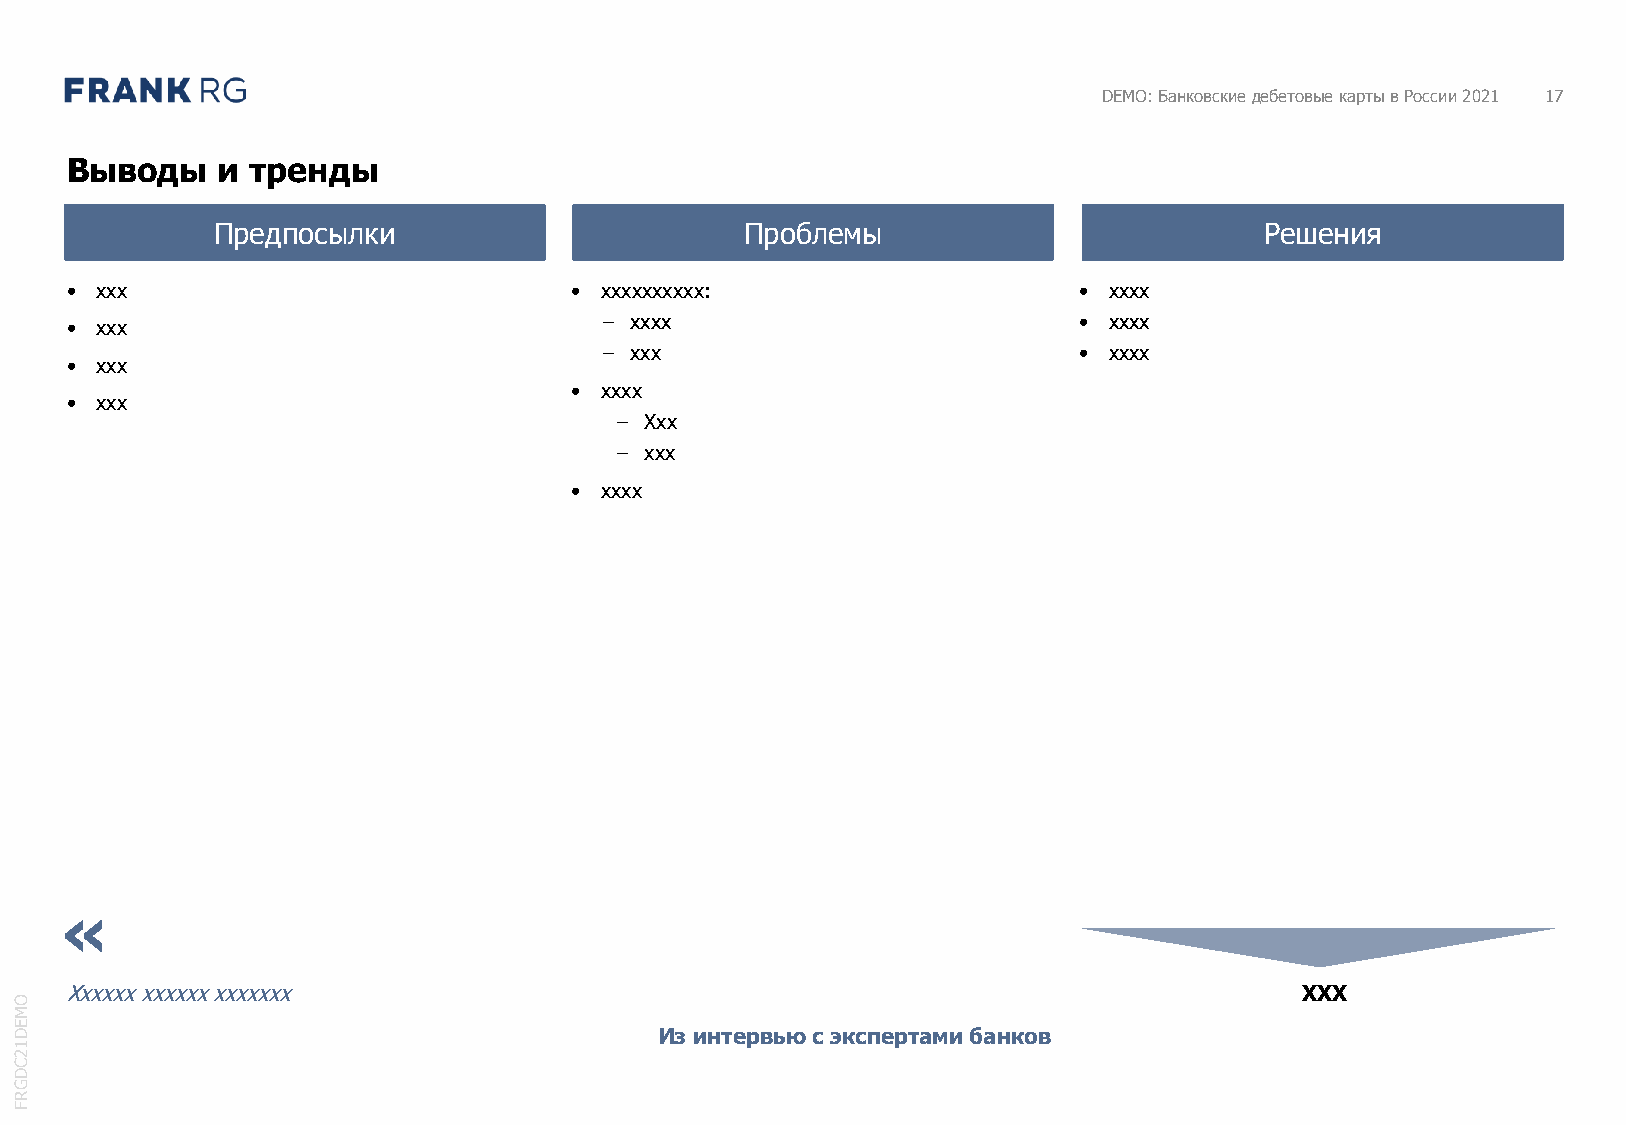
DEMO: Банковские дебетовые карты в России 2021 17
 Выводы    и  тренды
 Предпосылки                        Проблемы                           Решения
 • xxx                             • xxxxxxxxxx:                    • xxxx
 − xxxx                         • xxxx
 • xxx
 − xxx                          • xxxx
 • xxx
 • xxxx
 • xxx
 − Xxx
 − xxx
 • xxxx
 «
 Xxxxxx xxxxxxxxxxxxx                                                              XXX
 O
 M
 E
 D                                          Из интервью с экспертами банков
 1
 2
 C
 D
 G
 R
 F